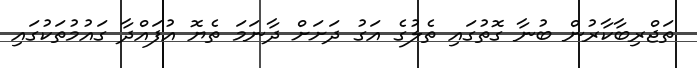
ތަޖްރިބާކާރުން ބުނާ ގޮތުގައި ތެލުގެ އަގު ދަށަށް ދާނަމަ ތެޔޮ އުފައްދާ ގައުމުތަކުގައި